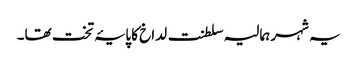
یہ شہر ہمالیہ سلطنت لداخ کا پایۂ تخت تھا۔